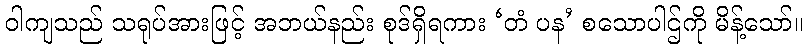
ဝါကျသည် သရုပ်အားဖြင့် အဘယ်နည်း စုဒ်ရှိရကား ‘တံ ပန’ စသောပါဌ်ကို မိန့်သော်။